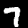
Label: 7